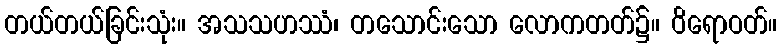
တယ်တယ်ခြင်းသုံး။ အသသဟဿံ၊ တသောင်းသော လောကတတ်၌။ ဝိရောဝတ်။